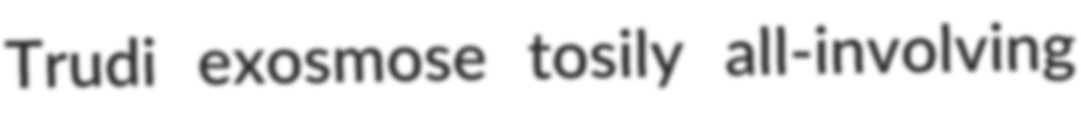
Trudi exosmose tosily all-involving